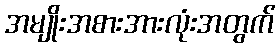
အမျိုးအစားအားလုံးအတွက်